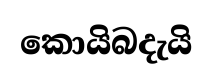
කොයිබදැයි